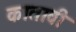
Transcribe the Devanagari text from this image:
कातावी